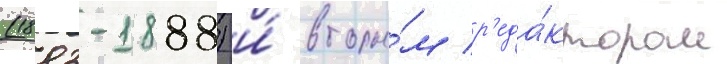
(1883-1888) и́ вторы́м р'еда́ктором